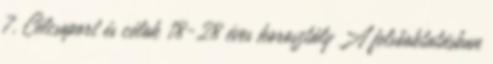
7. Célcsoport és célok 18-28 éves korosztály A felsőoktatásban